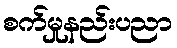
စက်မှုနည်းပညာ